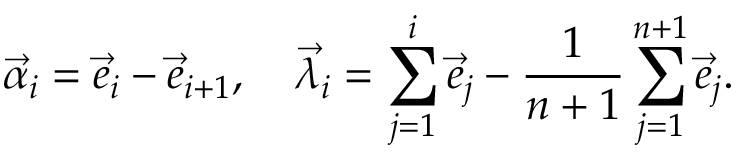
\vec { \alpha } _ { i } = \vec { e } _ { i } - \vec { e } _ { i + 1 } , \quad \vec { \lambda } _ { i } = \sum _ { j = 1 } ^ { i } \vec { e } _ { j } - { \frac { 1 } { n + 1 } } \sum _ { j = 1 } ^ { n + 1 } \vec { e } _ { j } .